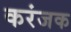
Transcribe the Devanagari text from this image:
करंजक